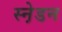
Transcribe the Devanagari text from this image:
स्ने़डन